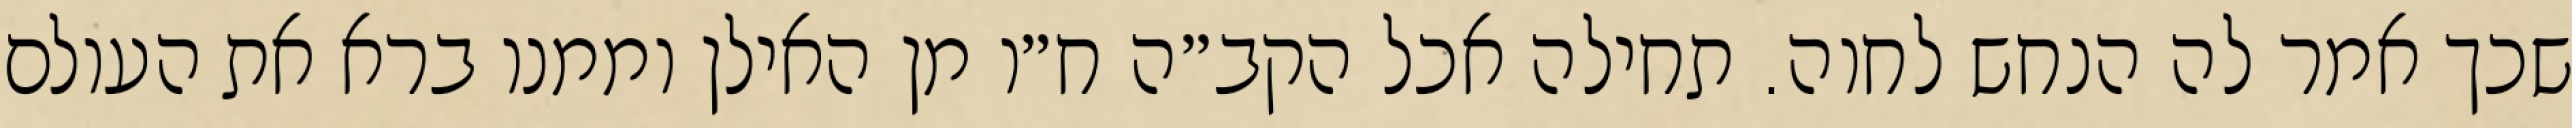
שכך אמר לה הנחש לחוה. תחילה אכל הקב״ה ח״ו מן האילן וממנו ברא את העולם